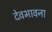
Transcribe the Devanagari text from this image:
देवभावना